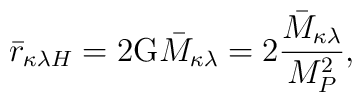
\bar{r}_{\kappa\lambda H} = 2\mbox{G}\bar{M}_{\kappa\lambda} = 2\frac{\bar{M}_{\kappa\lambda}}{M_P^2},